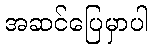
အဆင်ပြေမှာပါ